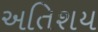
અતિશય